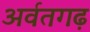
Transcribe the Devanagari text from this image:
अर्वतगढ़